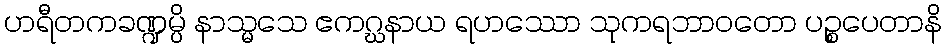
ဟရီတကခဏ္ဍမ္ပိ နာသ္မသေ ဧကဂ္ဃနာယ ရဟဿော သုကရဘာဝတော ပဉ္စပေတာနိ